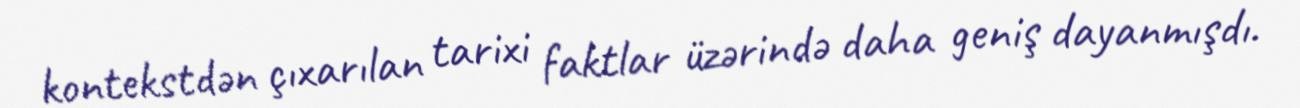
kontekstdən çıxarılan tarixi faktlar üzərində daha geniş dayanmışdı.